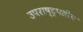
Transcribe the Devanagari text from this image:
उपराष्ट्रपतीय